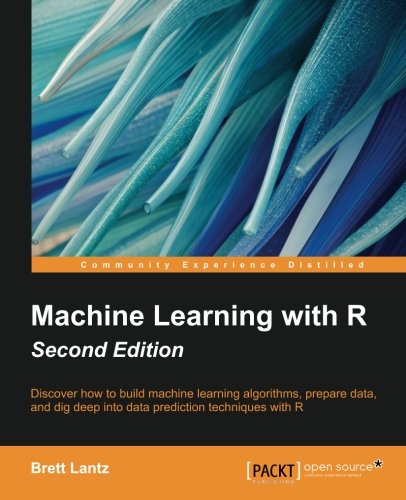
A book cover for Machine Learning with R - Second Edition; Brett Lantz; Computers & Technology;